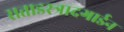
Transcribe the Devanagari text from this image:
सताडस्त्रादगार्डन